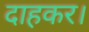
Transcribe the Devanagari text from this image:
दाहकर।